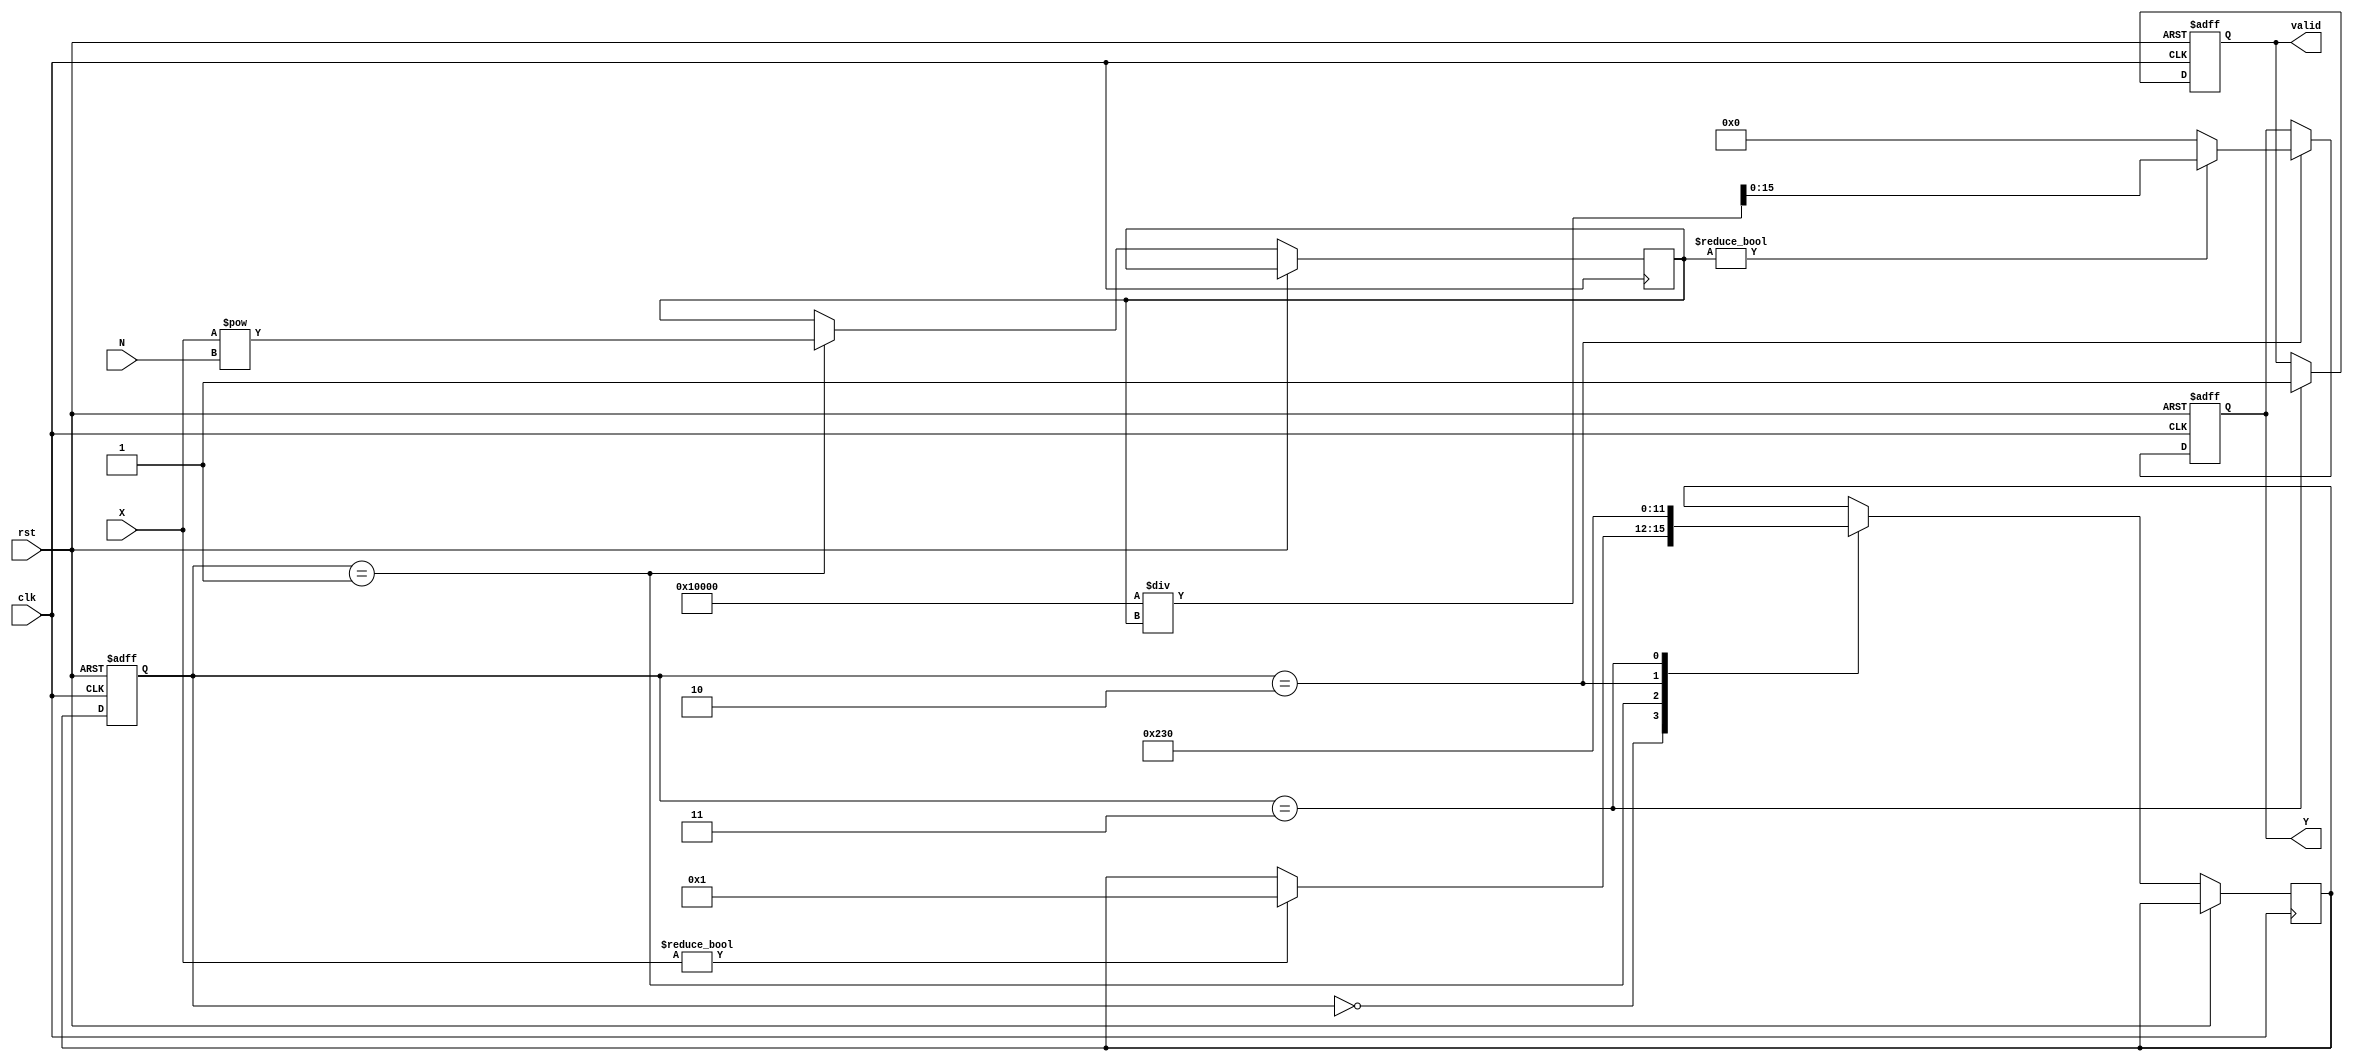
module fractional_order_reciprocal #(
    parameter DATA_WIDTH = 16, // Width for the input data
    parameter ORDER_WIDTH = 8   // Width for the fractional order
)(
    input wire clk,
    input wire rst,
    input wire [DATA_WIDTH-1:0] X, // Input Data
    input wire [ORDER_WIDTH-1:0] N, // Fractional Order
    output reg [DATA_WIDTH-1:0] Y,  // Output Data
    output reg valid                  // Output valid signal
);

    // Internal signals
    reg [DATA_WIDTH-1:0] X_pow_N;    // X^N
    wire [DATA_WIDTH-1:0] reciprocal; // Reciprocal of X_pow_N
    reg [3:0] state, next_state;

    // State Machine for control
    localparam IDLE        = 4'd0,
               COMPUTE_POW = 4'd1,
               RECIPROCAL   = 4'd2,
               DONE        = 4'd3;

    // Simple exponentiation using linear approximation (You may want to replace this with a more robust algorithm)
    always @(posedge clk or posedge rst) begin
        if (rst) begin
            state <= IDLE;
            Y <= 0;
            valid <= 0;
        end else begin
            state <= next_state;
            case (state)
                IDLE: begin
                    if (X != 0) // Avoid division by zero
                        next_state <= COMPUTE_POW;
                end
                COMPUTE_POW: begin
                    // Simple fixed-point exponentiation logic or call to a function should be implemented here
                    // For now, we'll just assign a dummy value
                    X_pow_N <= X ** N; // Replace with appropriate function for your design
                    next_state <= RECIPROCAL;
                end
                RECIPROCAL: begin
                    // Calculate reciprocal
                    reciprocal = (X_pow_N != 0) ? (1 << DATA_WIDTH) / X_pow_N : 0; // Adjust to fixed-point representation
                    Y <= reciprocal;
                    next_state <= DONE;
                end
                DONE: begin
                    valid <= 1; // Signal that the output is valid
                    // Reset state to IDLE
                    next_state <= IDLE;
                end
            endcase
        end
    end

endmodule